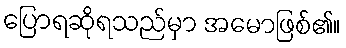
ပြောရဆိုရသည်မှာ အမောဖြစ်၏။